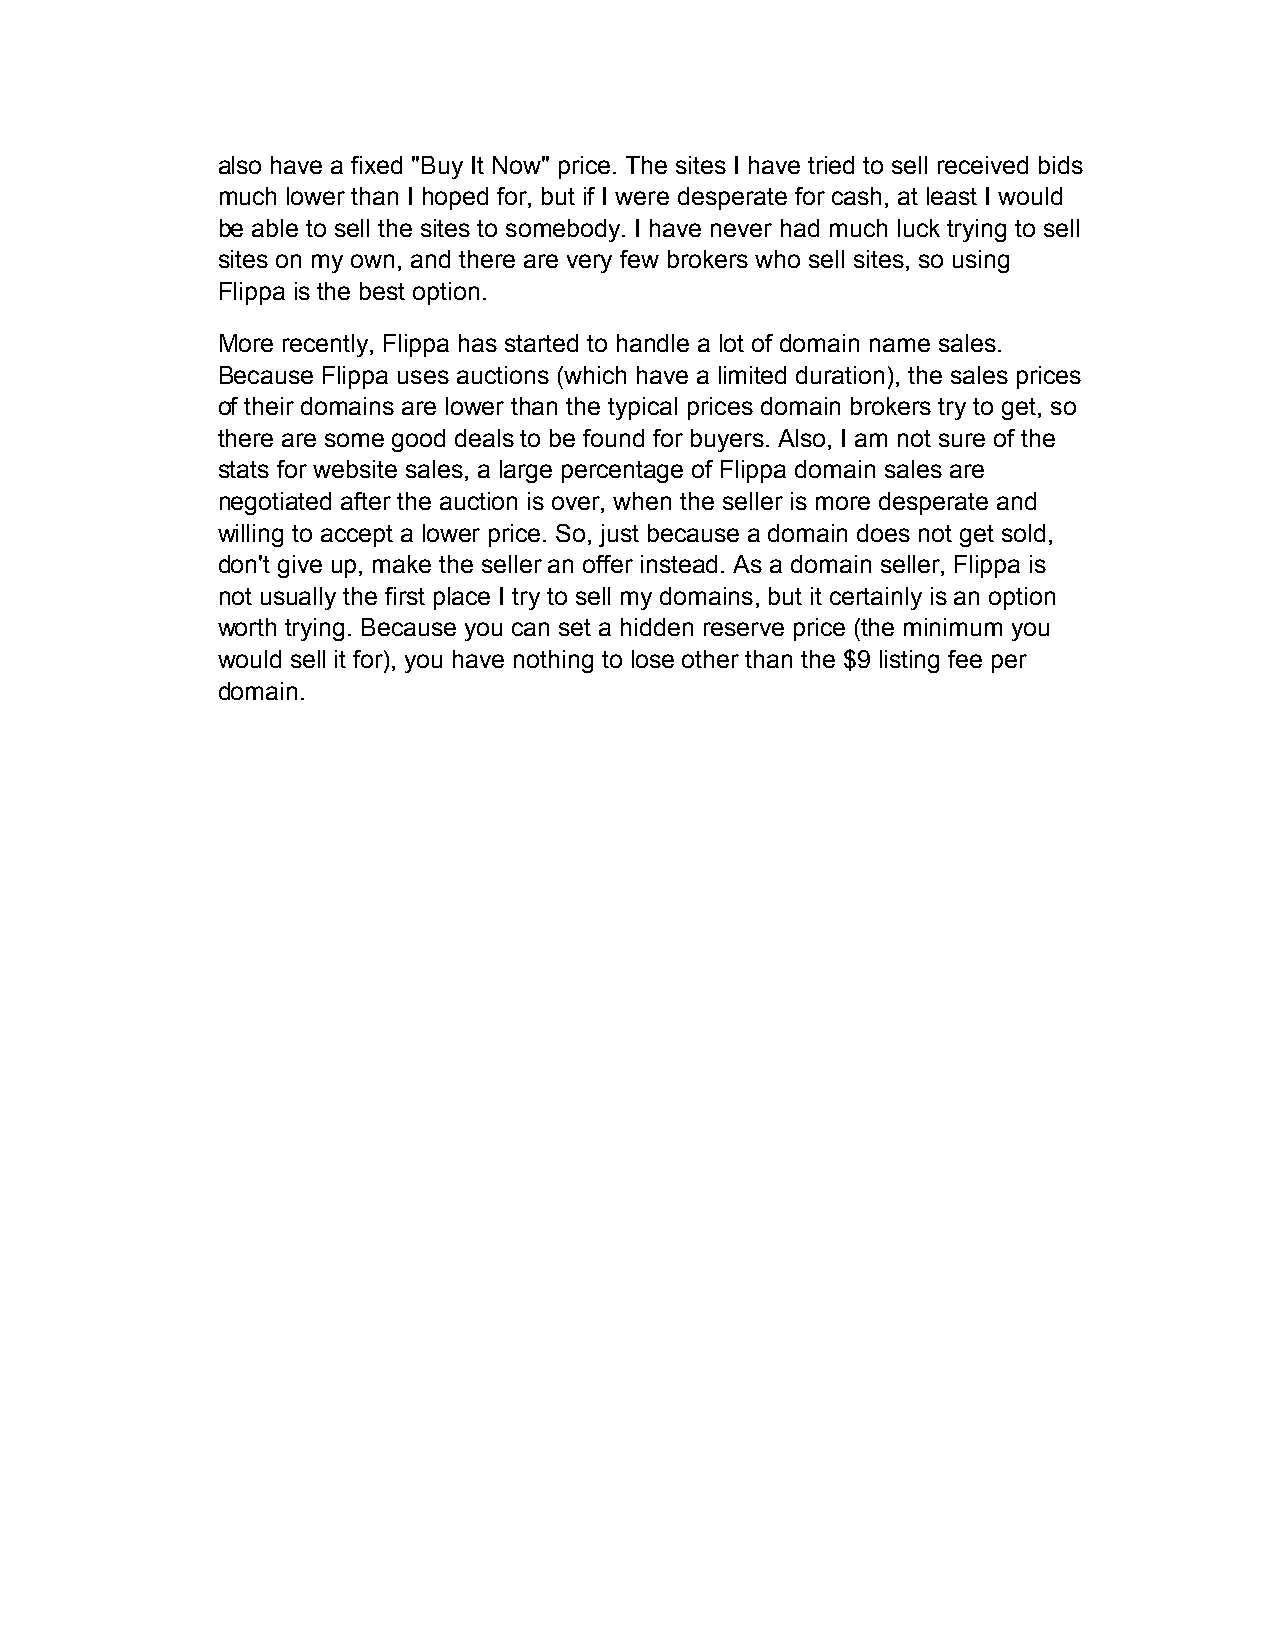
also have a fixed "Buy It Now" price. The sites I have tried to sell received bids
 much lower than I hoped for, but if I were desperate for cash, at least I would
 be able to sell the sites to somebody. I have never had much luck trying to sell
 sites on my own, and there are very few brokers who sell sites, so using
 Flippa is the best option.
 More recently, Flippa has started to handle a lot of domain name sales.
 Because Flippa uses auctions (which have a limited duration), the sales prices
 of their domains are lower than the typical prices domain brokers try to get, so
 there are some good deals to be found for buyers. Also, I am not sure of the
 stats for website sales, a large percentage of Flippa domain sales are
 negotiated after the auction is over, when the seller is more desperate and
 willing to accept a lower price. So, just because a domain does not get sold,
 don't give up, make the seller an offer instead. As a domain seller, Flippa is
 not usually the first place I try to sell my domains, but it certainly is an option
 worth trying. Because you can set a hidden reserve price (the minimum you
 would sell it for), you have nothing to lose other than the $9 listing fee per
 domain.